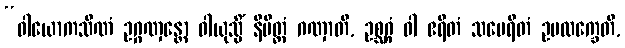
“ဝါယောကသိဏံ ဥဂ္ဂဏှန္တော ဝါယုသ္မိံ နိမိတ္တံ ဂဏှာတိ, ဥစ္ဆဂ္ဂံ ဝါ ဧရိတံ သမေရိတံ ဥပလက္ခေတိ,